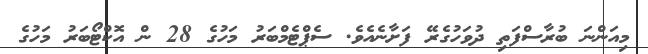
މިއަންނަ ބުރާސްފަތި ދުވަހުގެރޭ ފަށާނެއެވެ. ސެޕްޓެމްބަރު މަހުގެ 28 ން އޮކްޓޯބަރު މަހުގެ